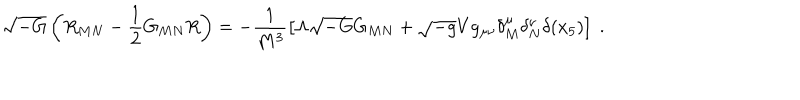
\sqrt { - G } \left( R _ { M N } - \frac { 1 } { 2 } G _ { M N } R \right) = - \frac { 1 } { M ^ { 3 } } \left[ \Lambda \sqrt { - G } G _ { M N } + \sqrt { - g } V g _ { \mu \nu } \delta _ { M } ^ { \mu } \delta _ { N } ^ { \nu } \delta ( x _ { 5 } ) \right] ~ .